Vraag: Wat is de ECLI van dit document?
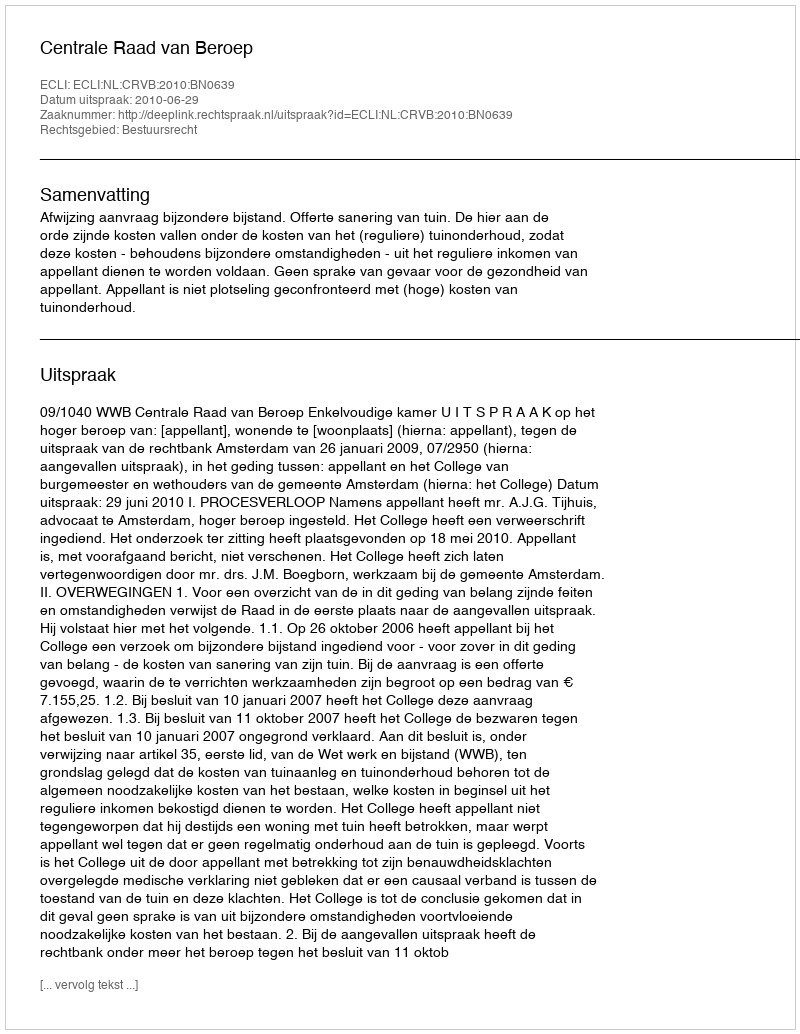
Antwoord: ECLI:NL:CRVB:2010:BN0639